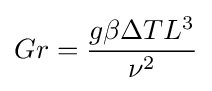
Gr={\frac {g\beta \Delta TL^{3}}{\nu ^{2}}}